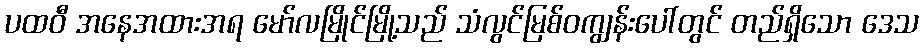
ပထဝီ အနေအထားအရ မော်လမြိုင်မြို့သည် သံလွင်မြစ်ဝကျွန်းပေါ်တွင် တည်ရှိသော ဒေသ